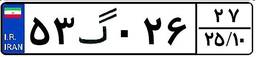
۹۳گ۳۳۲۴۵